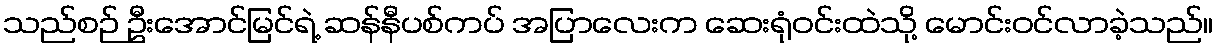
သည်စဉ် ဦးအောင်မြင်ရဲ့ ဆန်နီပစ်ကပ် အပြာလေးက ဆေးရုံဝင်းထဲသို့ မောင်းဝင်လာခဲ့သည်။